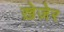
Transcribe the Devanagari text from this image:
ख़ेज़ेर